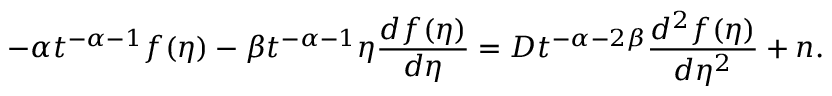
- \alpha t ^ { - \alpha - 1 } f ( \eta ) - \beta t ^ { - \alpha - 1 } \eta \frac { d f ( \eta ) } { d \eta } = D t ^ { - \alpha - 2 \beta } \frac { d ^ { 2 } f ( \eta ) } { d \eta ^ { 2 } } + n .